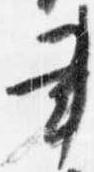
書